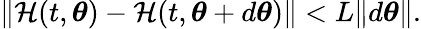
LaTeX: \lVert\mathcal{H}(t,{\boldsymbol{\theta}})-\mathcal{H}(t,{\boldsymbol{\theta}}+d{\boldsymbol{\theta}})\rVert<L\lVert d{\boldsymbol{\theta}}\rVert.